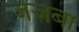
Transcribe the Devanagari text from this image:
जज़बा